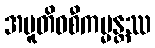
အပူတိဝစီကမ္မန္တဿ